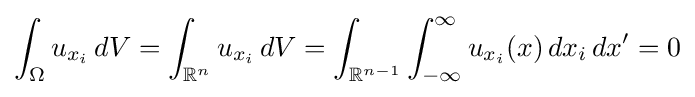
\int _{\Omega }u_{x_{i}}\,dV=\int _{\mathbb {R} ^{n}}u_{x_{i}}\,dV=\int _{\mathbb {R} ^{n-1}}\int _{-\infty }^{\infty }u_{x_{i}}(x)\,dx_{i}\,dx'=0